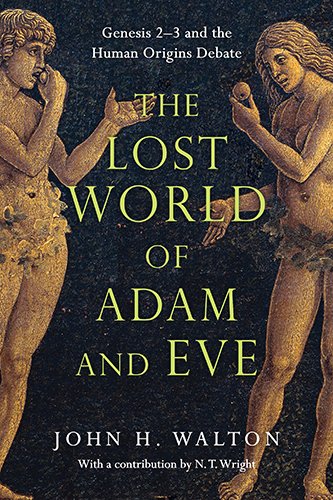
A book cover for The Lost World of Adam and Eve: Genesis 2-3 and the Human Origins Debate; John H. Walton; History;